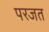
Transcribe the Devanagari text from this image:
परजत